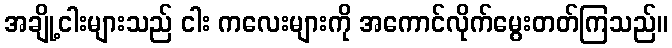
အချို့ငါးများသည် ငါး ကလေးများကို အကောင်လိုက်မွေးတတ်ကြသည်။